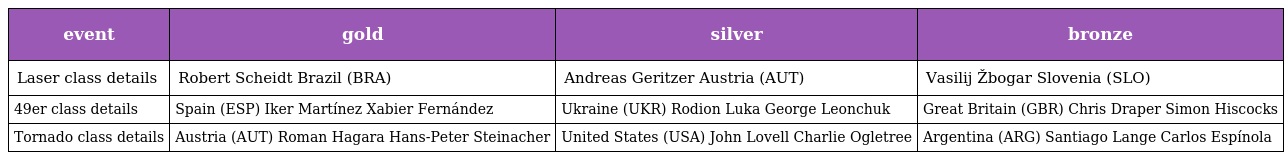
| event | gold | silver | bronze |
 | --- | --- | --- | --- |
 | Laser class details | Robert Scheidt Brazil (BRA) | Andreas Geritzer Austria (AUT) | Vasilij Žbogar Slovenia (SLO) |
 | 49er class details | Spain (ESP) Iker Martínez Xabier Fernández | Ukraine (UKR) Rodion Luka George Leonchuk | Great Britain (GBR) Chris Draper Simon Hiscocks |
 | Tornado class details | Austria (AUT) Roman Hagara Hans-Peter Steinacher | United States (USA) John Lovell Charlie Ogletree | Argentina (ARG) Santiago Lange Carlos Espínola |